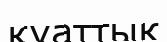
қуаттық